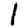
Digit: 1